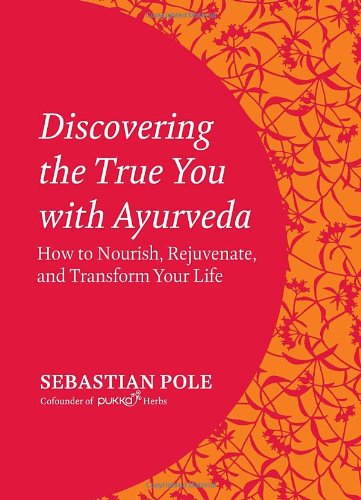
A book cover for Discovering the True You with Ayurveda: How to Nourish, Rejuvenate, and Transform Your Life; Sebastian Pole; Health, Fitness & Dieting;